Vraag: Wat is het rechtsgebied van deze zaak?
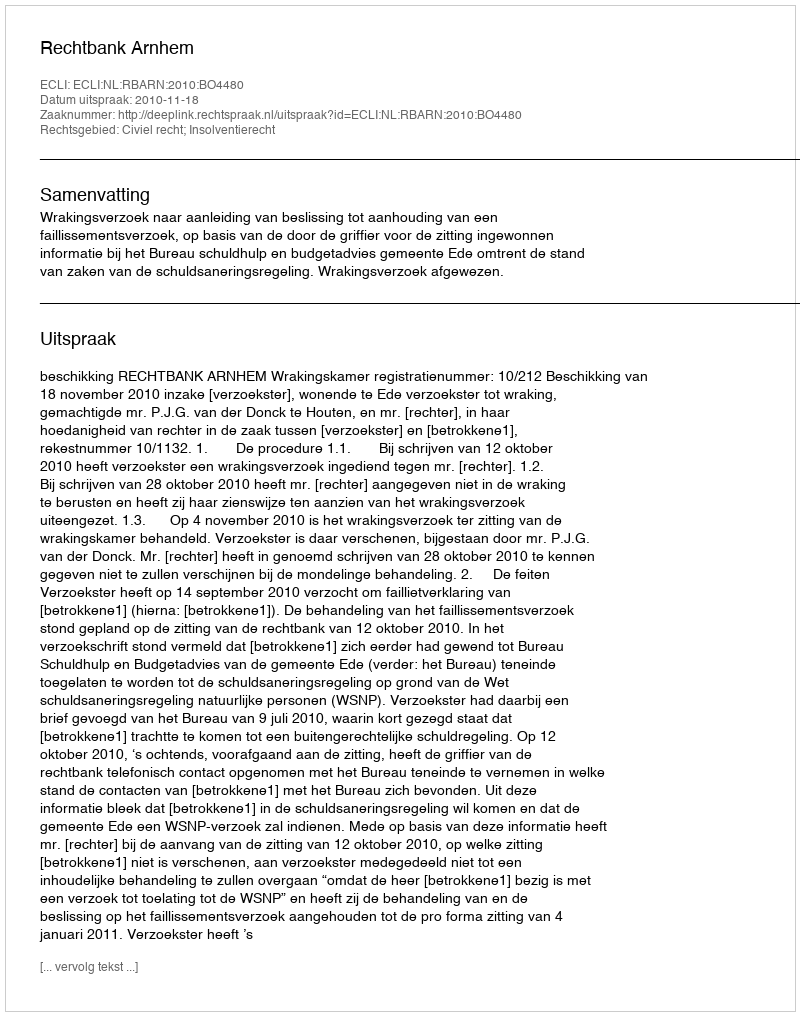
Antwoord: Civiel recht; Insolventierecht